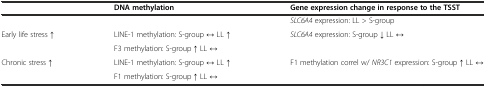
|  | DNA methylation | Gene expression change in response to the TSST |
 | --- | --- | --- |
 |  |  | SLC6A4 expression: LL > S-group |
 | <ROWSPAN=2> Early life stress ↑ | LINE-1 methylation: S-group ↔ LL ↑ | <ROWSPAN=2> SLC6A4 expression: S-group ↓ LL ↔ |
 | F3 methylation: S-group ↑ LL ↔ |
 | <ROWSPAN=2> Chronic stress ↑ | LINE-1 methylation: S-group ↔ LL ↑ | <ROWSPAN=2> F1 methylation correl w/ NR3C1 expression: S-group ↑ LL ↔ |
 | F1 methylation: S-group ↑ LL ↔ |